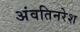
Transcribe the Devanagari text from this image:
अंवतिनरेश